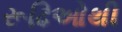
રૂઢિઓથી